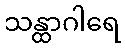
သန္ထာဂါရေ